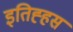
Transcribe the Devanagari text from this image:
इतिह्हस